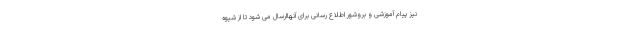
نیز پیام آموزشی و بروشور اطلاع رسانی برای آنهاارسال می شود تا از شیوه